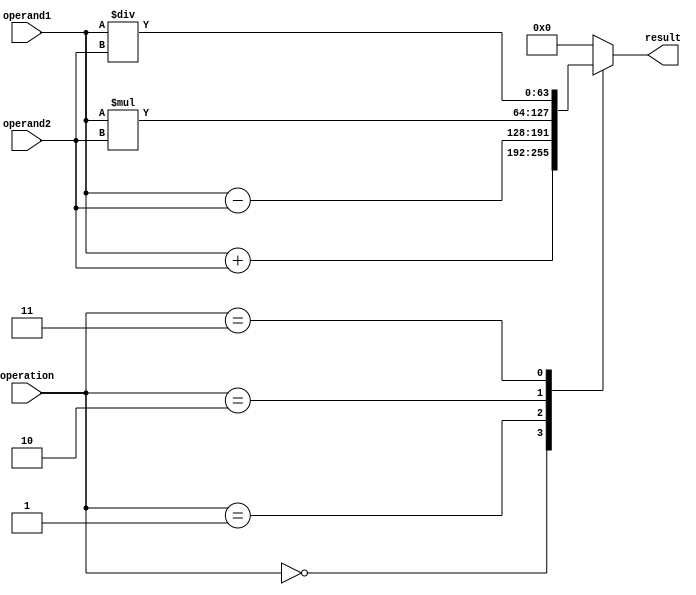
module FloatingPointArithmetic (
    input wire [63:0] operand1,
    input wire [63:0] operand2,
    input wire [2:0] operation, // 0 = addition, 1 = subtraction, 2 = multiplication, 3 = division
    output reg [63:0] result
);

always @(*) begin
    case(operation)
        0: result = operand1 + operand2; // addition
        1: result = operand1 - operand2; // subtraction
        2: result = operand1 * operand2; // multiplication
        3: result = operand1 / operand2; // division
        default: result = 0; // invalid operation
    endcase
end

endmodule